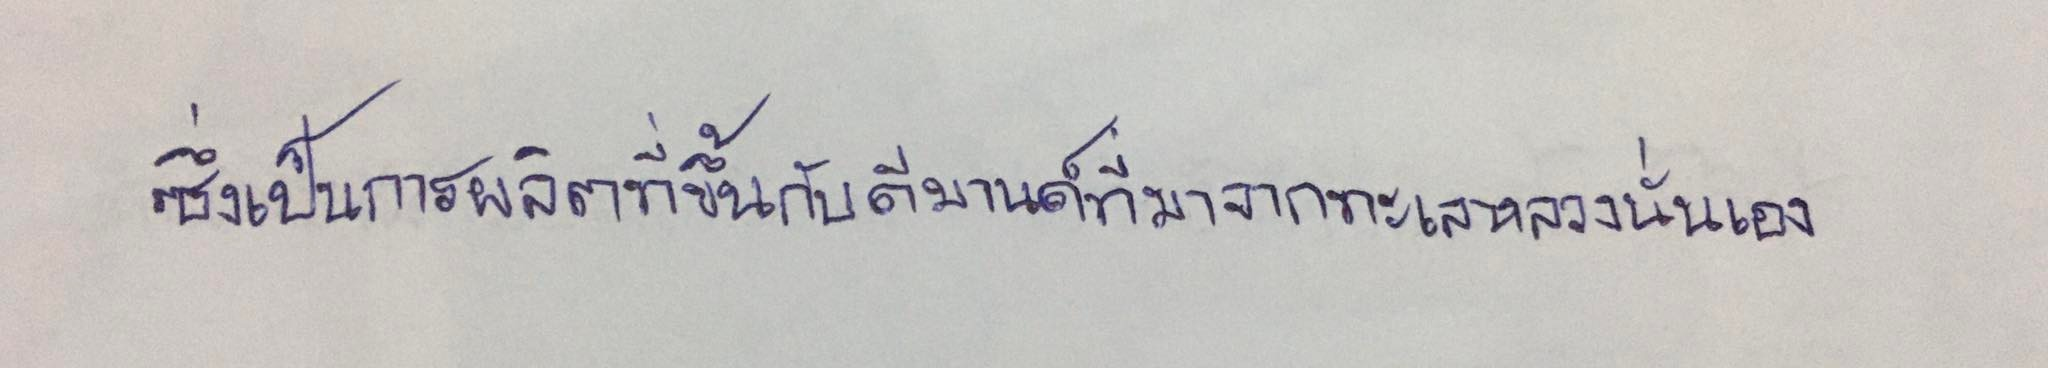
ซึ่งเป็นการผลิตที่ขึ้นกับดีมานด์ที่มาจากทะเลหลวงนั่นเอง